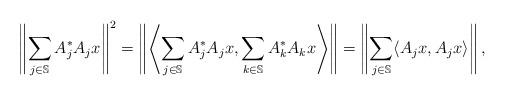
LaTeX: \begin{align*} \left\| \sum_{j\in \mathbb{S}} A_j^*A_jx\right\|^2 &= \left\|\left\langle \sum_{j\in \mathbb{S}} A_j^*A_jx, \sum_{k\in \mathbb{S}} A_k^*A_kx\right\rangle\right\|=\left\|\sum_{j\in \mathbb{S}} \langle A_jx, A_jx\rangle \right \|, \end{align*}